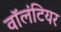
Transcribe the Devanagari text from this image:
वाॅलंटियर